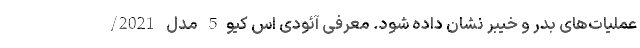
عملیات‌های بدر و خیبر نشان داده شود. معرفی آئودی اس کیو5 مدل 2021/